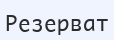
Резерват